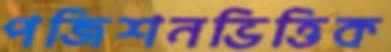
পজিশনভিত্তিক